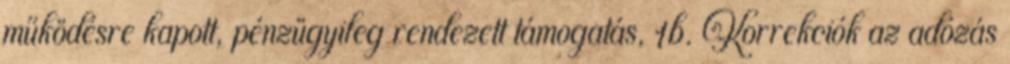
működésre kapott, pénzügyileg rendezett támogatás, 1b. Korrekciók az adózás